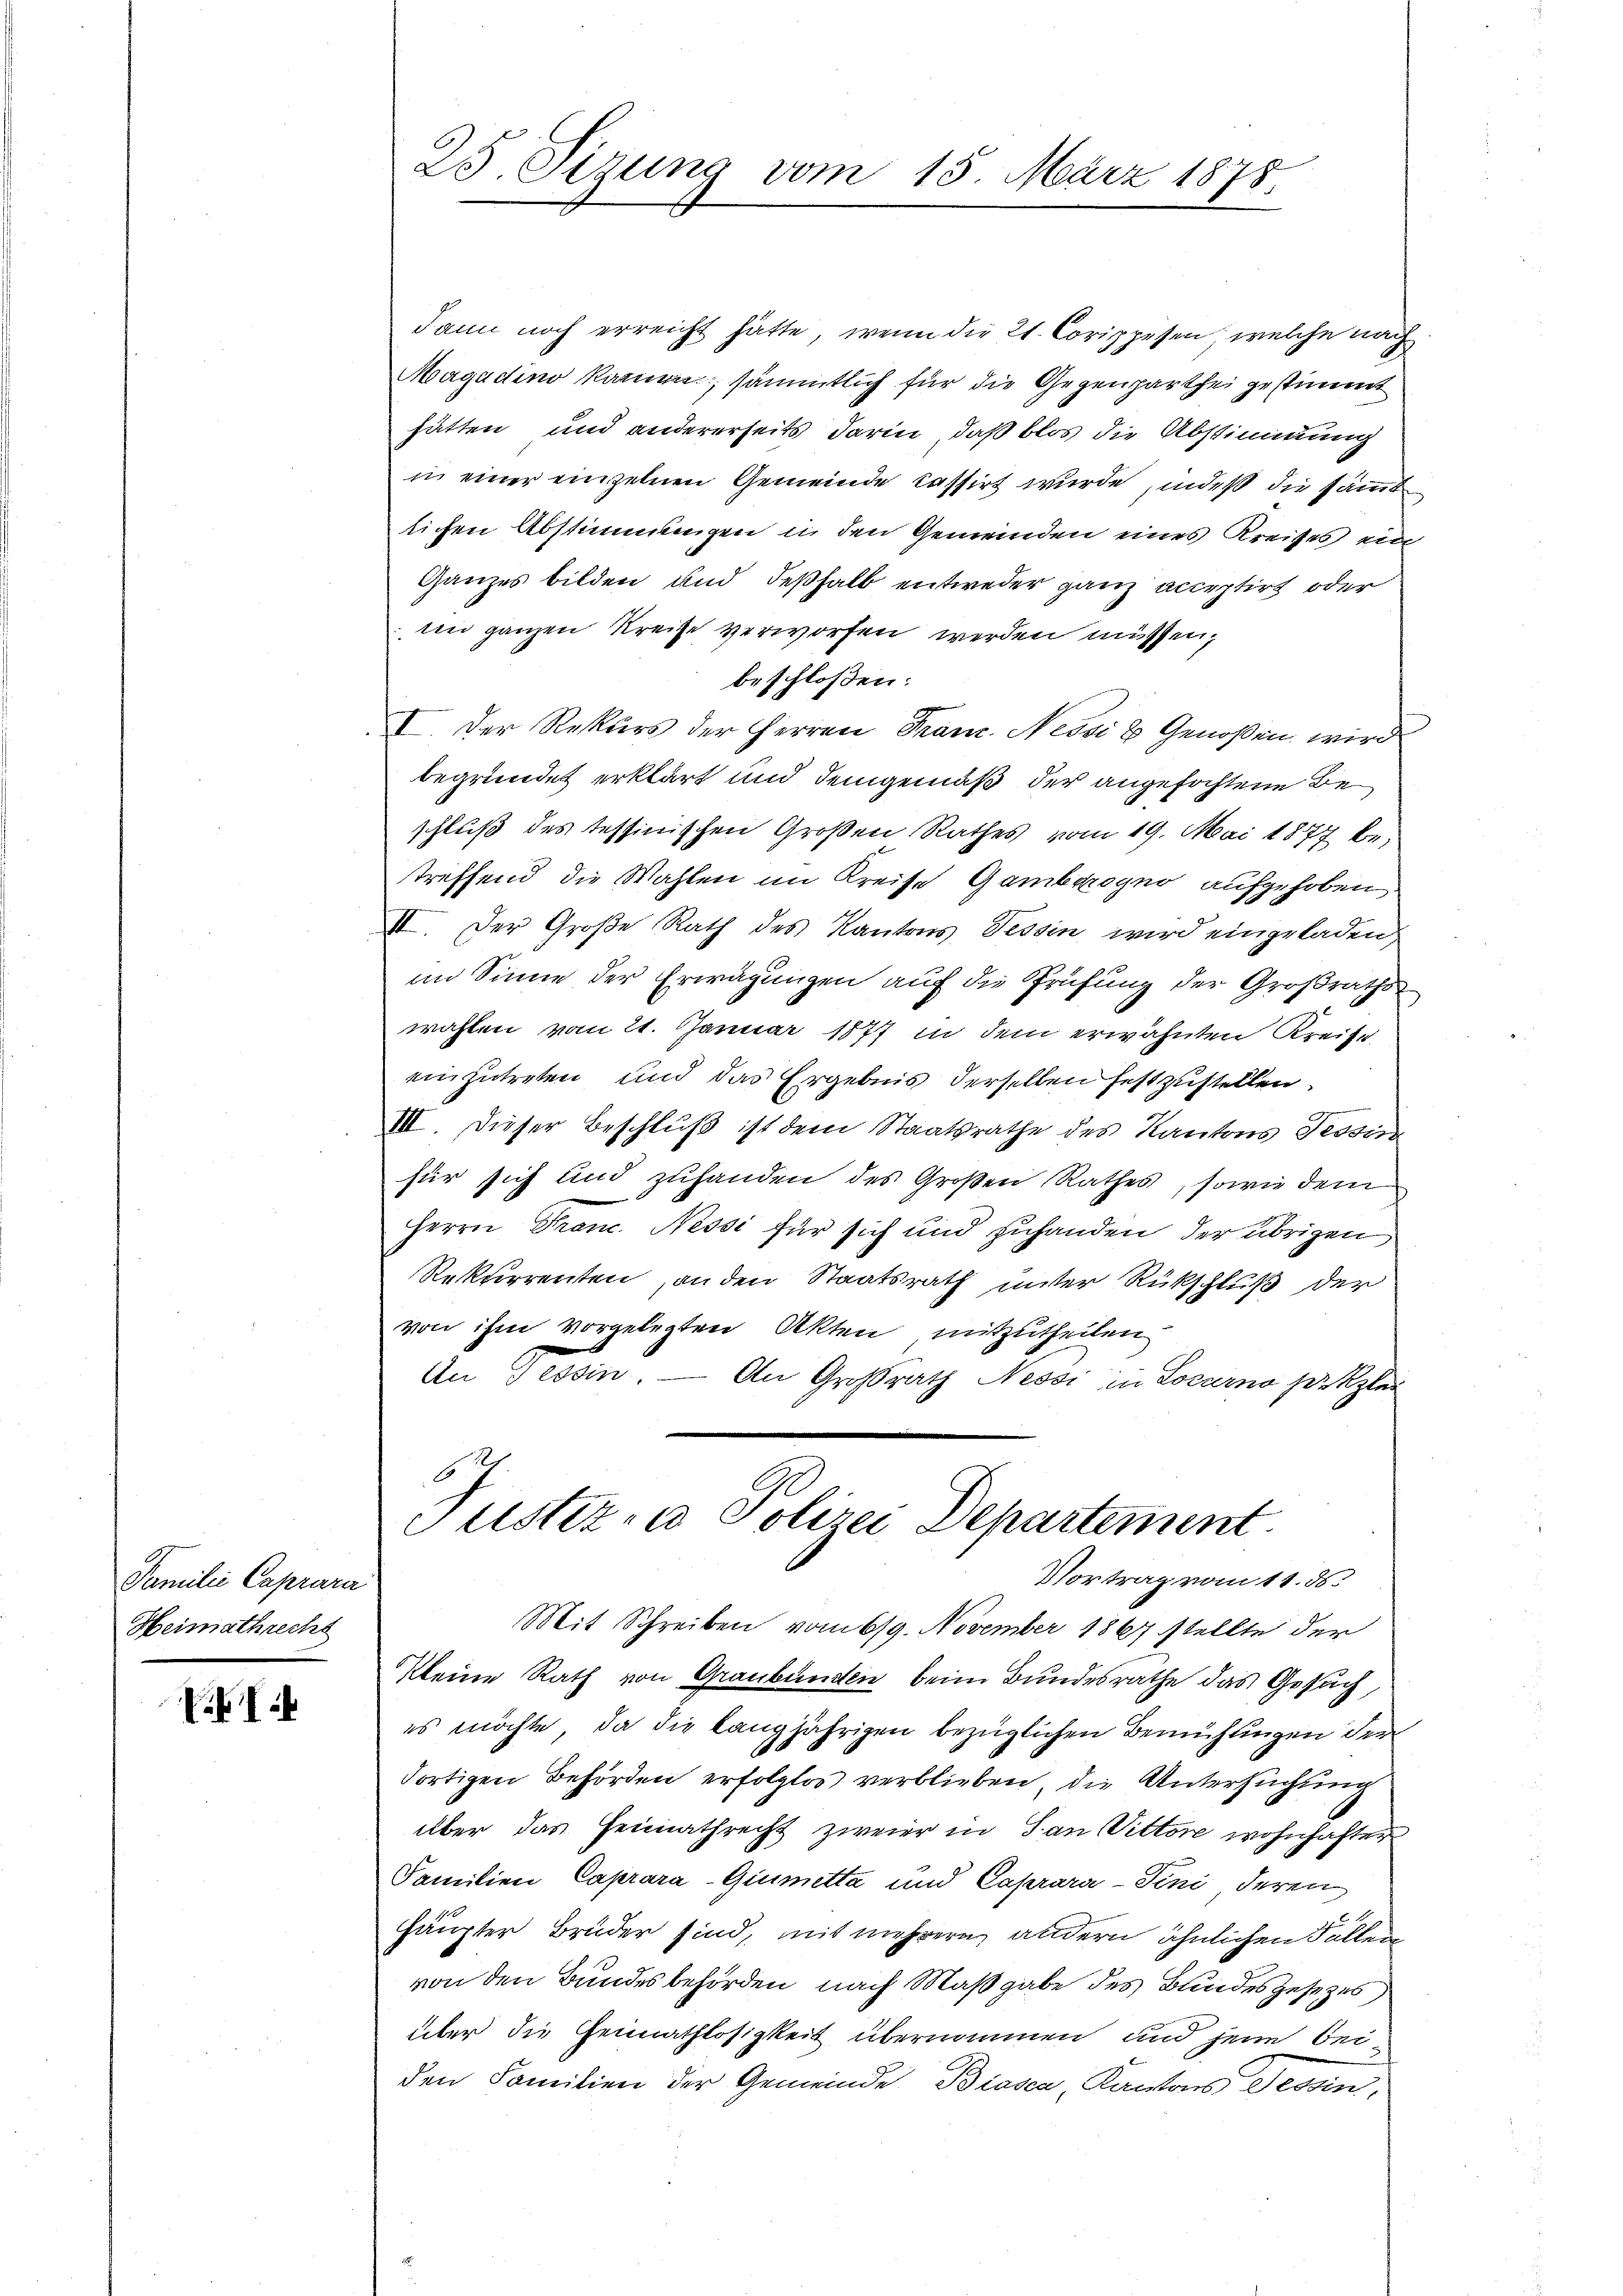
Familie Caprara
Heimathrecht

25. Sizung vom 15. März 1878.

dann noch erreicht hätte, wenn die 21. Corippesen, welche nach
Magadino kommen, sämmtlich für die Gegenparthei gestimmt
hätten und andererseits darin, daß blos die Abstimmung
in einer einzelnen Gemeinde Cassirt wurde, indeß die sämmt
lichen Abstimmungen in den Gemeinden eines Kreises ein
Ganzes bilden und deßhalb entweder ganz acceptirt oder
ten ganzen Kreise verworfen werden müssen,
beschloßen:
I Der Rekurs der Herren Franz. Nessi & Genoßen wird
begründet erklärt und demgemäß der angefochtene Beschluß des Tessinischen Großen Rathes vom 19. Mai 1877 be-
treffend die Wahlen im Kreise Gambiogno aufgehoben
III. Der Große Rath des Kantons Tessin wird eingeladen,
im Sinne der Erwägungen auf die Prüfung der Großraths
wahlen vom 21. Januar 1877 in dem erwähnten Kreise,
einzutreten und das Ergebnis derselben festzustellen.
III. Dieser Beschluß ist dem Staatsrathe des Kantons Tessin
für sich und zuhanden des Großen Rathes, sowie dem
Herrn Pran. Nessi für sich und zuhanden, der übrigen
Rekurrenten an den Staatsrath unter Rückschluß der
von ihm vorgelegten Akten mitzutheilen
An Tessin. — An Großrath Nessi in Locarno setzler
E
Justiz- u Polizei Departement
Vortrag vom 11. ds.
Mit Schreiben vom 619. November 1867 stellte der
Kleine Rath von Graubünden beim Bundesrathe das Gesuch,
es möchte, da die langjährigen bezüglichen Bemühungen der
dortigen Behörden erfolglos verblieben, die Untersuchung
über das Heimathrecht zweier in San Vittore wohnhafter
Familien Caprara-Giuimetta und Caprara-Tini, deren
Häupter Brüder sind, mit mehrere andern ähnlichen Fallen
von den Bundesbehörden, nach Maßgabe des Bundesgesezes
über die Heimathlosigkeit übernommen und jene bei
den Familien der Gemeinde. Biasca, Kantons Tessin,